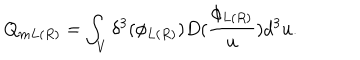
LaTeX: Q _ { m L ( R ) } = \int _ { V } \delta ^ { 3 } ( \phi _ { L ( R ) } ) D ( \frac { \phi _ { L ( R ) } } u ) d ^ { 3 } u .